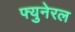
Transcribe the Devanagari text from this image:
फ्युनेरल